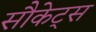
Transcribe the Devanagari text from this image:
सौकेट्स